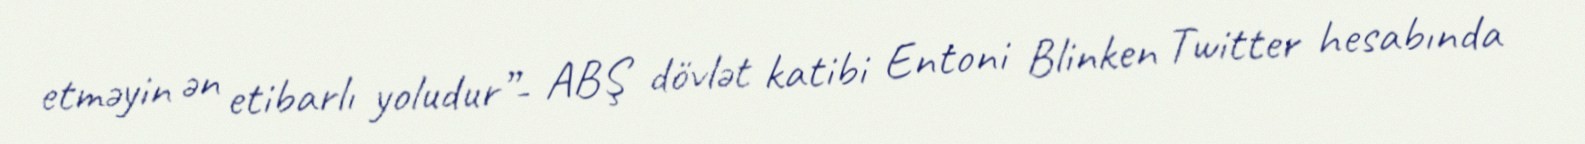
etməyin ən etibarlı yoludur”- ABŞ dövlət katibi Entoni Blinken Twitter hesabında